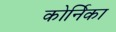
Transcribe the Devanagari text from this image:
कोर्निका